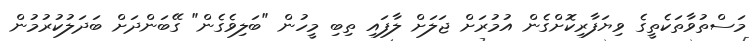
މަސްތުވާތަކެތީގެ ވިޔަފާރިކޮށްގެން އުމުރަށް ޖަލަށް ލާފައި ތިބި މީހުން "ބަލިވެގެން" ގޭބަންދަށް ބަދަލުކުރުމުން